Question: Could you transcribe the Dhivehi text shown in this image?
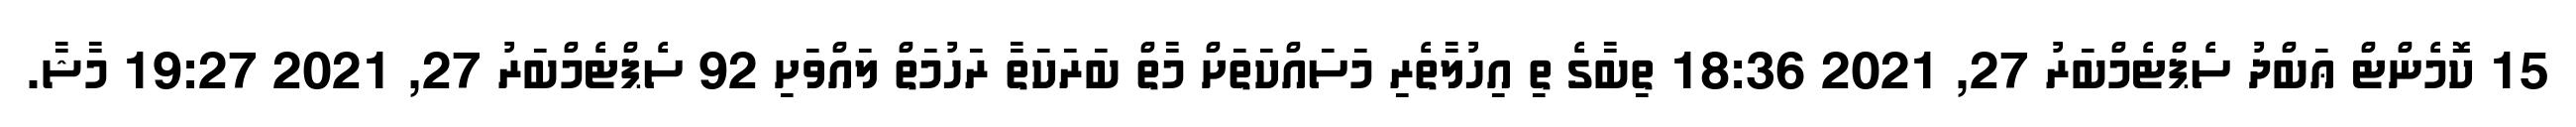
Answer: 15 ކޮމެންޓް ޢަބްދު ސެޕްޓެމްބަރު 27, 2021 18:36 ތިބާގެ ތި އިހުލާތެރި މަސައްކަތަށް މާތް ބަރަކަތާ ރަހުމަތް ލައްވަށި 92 ސެޕްޓެމްބަރު 27, 2021 19:27 މާޝާ.